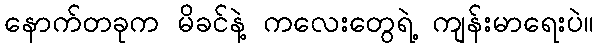
နောက်တခုက မိခင်နဲ့ ကလေးတွေရဲ့ ကျန်းမာရေးပဲ။